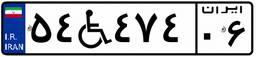
۵۴W۴۷۴۰۶